Report on the lunatic asylums under the Government of Bombay - 1904-1913
Year: 1904
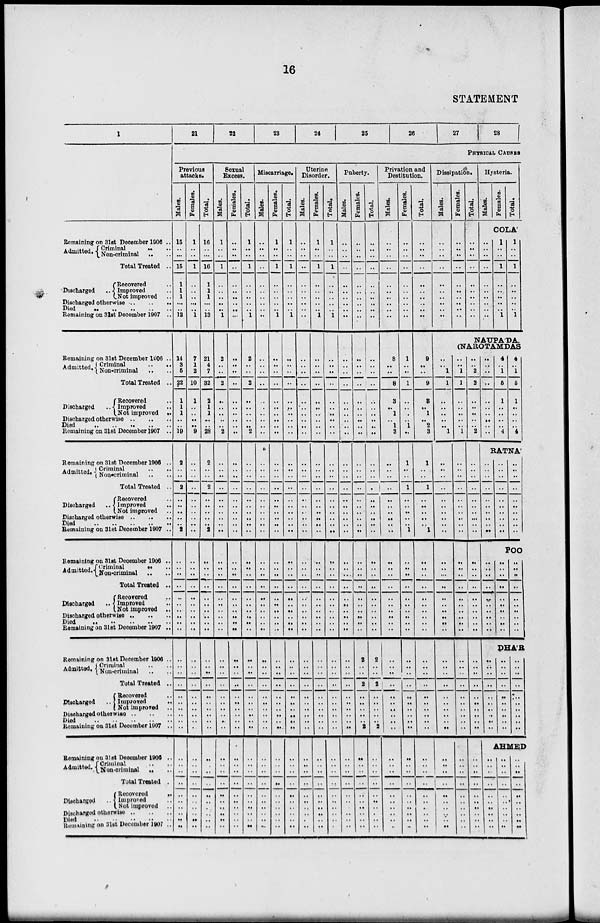
16
STATEMENT
1
Remaining on 31st December 1906 ..
Admitted. Criminal .. ..
Non-criminal .. ..
Total Treated ..
Discharged ..
Recovered ..
Improved ..
Not improved ..
Discharged otherwise .. .. ..
Died .. .. .. .. ..
Remaining on 31st December 1907 ..
Remaining on 31st December 1906 ..
Admitted. Criminal
..
..
Non-criminal .. ..
Total Treated ..
Discharged ..
Recovered ..
Improved
..
Not improved ..
Discharged otherwise .. .. ..
Died .. .. .. .. ..
Remaining on 31st December 1907 ..
Remaining on 31st December 1906 ..
Admitted. Criminal .. ..
Non-criminal .. ..
Total Treated ..
Discharged ..
Recovered ..
Improved
..
Not improved ..
Discharged otherwise .. .. ..
Died .. .. .. .. ..
Remaining on 31st December 1907 ..
Remaining on 31st December 1906 ..
Admitted. Criminal .. ..
Non-criminal .. ..
Total Treated ..
Discharged ..
Recovered ..
Improved ..
Not improved ..
Discharged otherwise .. .. ..
Died .. .. .. .. ..
Remaining on 31st December 1907 ..
Remaining on 3lst December 1906 ..
Admitted. Criminal .. ..
Non-criminal .. ..
Total Treated ..
Discharged ..
Recovered ..
Improved
..
Not improved ..
Discharged otherwise .. .. ..
Died .. .. .. .. ..
Remaining on 31st December 1907 ..
Remaining on 31st December 1906 ..
Admitted. Criminal .. ..
Non-criminal .. ..
Total Treated ..
Discharged ..
Recovered
..
Improved ..
Not Improved ..
Discharged otherwise
..
..
..
Died
..
..
..
..
..
Remaining on 31st December 1907 ..
21
22
23
24
25
26
27
28
PHYSICAL CAUSES
Previous
attacks.
Males.
15
..
...
15
1
1
1
...
..
12
14
3
5
22
1
1
1
..
..
19
2
..
..
2
..
..
..
..
.. 2
..
..
..
..
..
..
..
..
..
..
..
..
..
..
..
..
..
..
..
..
..
..
..
..
..
..
..
..
..
..
Females.
1
..
..
1
..
..
..
..
..
1
7
1
2
10
1
..
..
..
..
9
..
..
..
..
..
..
..
..
..
..
..
..
..
..
..
..
..
..
..
..
..
..
..
..
..
..
..
..
..
..
..
..
..
..
..
..
..
..
..
..
Total.
16
..
..
16
1
1
1
..
..
13
21
4
7
32
2
1
1
..
..
28
2
..
..
2
..
..
..
..
.. 2
..
..
..
..
..
..
..
..
..
..
..
..
..
..
..
..
..
..
..
..
..
..
..
..
..
..
..
..
..
..
Sexual
Excess.
Males.
1
..
..
1
..
..
..
..
..
1
2
..
..
2
..
..
..
..
..
2
..
..
..
..
..
..
..
..
..
..
..
..
..
..
..
..
..
..
..
..
..
..
..
..
..
..
..
..
..
..
..
..
..
..
..
..
..
..
..
..
Females.
..
..
..
..
..
..
..
..
..
..
..
..
..
..
..
..
..
..
..
..
..
..
..
..
..
..
..
..
..
..
..
..
..
..
..
..
..
..
..
..
..
..
..
..
..
..
..
..
..
..
..
..
..
..
..
..
..
..
..
..
Total.
1
..
..
1
..
..
..
..
..
1
2
..
..
2
..
..
..
..
..
2
..
..
..
..
..
..
..
..
..
..
..
..
..
..
..
..
..
..
..
..
..
..
..
..
..
..
..
..
..
..
..
..
..
..
..
..
..
..
..
..
Miscarriage.
Males.
..
..
..
..
..
..
..
..
..
..
..
..
..
..
..
..
..
..
..
..
..
..
..
..
..
..
..
..
..
..
..
..
..
..
..
..
..
..
..
..
..
..
..
..
..
..
..
..
..
..
..
..
..
..
..
..
..
..
..
..
Females.
1
..
..
1
..
..
..
..
..
1
..
..
..
..
..
..
..
..
..
..
..
..
..
..
..
..
..
..
..
..
..
..
..
..
..
..
..
..
..
..
..
..
..
..
..
..
..
..
..
..
..
..
..
..
..
..
..
..
..
..
Total.
1
..
..
1
..
..
..
..
..
1
..
..
..
..
..
..
..
..
..
..
..
..
..
..
..
..
..
..
..
..
..
..
..
..
..
..
..
..
..
..
..
..
..
..
..
..
..
..
..
..
..
..
..
..
..
..
..
..
..
..
Uterine
Disorder.
Males.
..
..
..
..
..
..
..
..
..
..
..
..
..
..
..
..
..
..
..
..
..
..
..
..
..
..
..
..
..
..
..
..
..
..
..
..
..
..
..
..
..
..
..
..
..
..
..
..
..
..
..
..
..
..
..
..
..
..
..
..
Females.
1
..
..
1
..
..
..
..
..
1
..
..
..
..
..
..
..
..
..
..
..
..
..
..
..
..
..
..
..
..
..
..
..
..
..
..
..
..
..
..
..
..
..
..
..
..
..
..
..
..
..
..
..
..
..
..
..
..
..
..
Total.
1
..
..
1
..
..
..
..
..
1
..
..
..
..
..
..
..
..
..
..
..
..
..
..
..
..
..
..
..
..
..
..
..
..
..
..
..
..
..
..
..
..
..
..
..
..
..
..
..
..
..
..
..
..
..
..
..
..
..
..
Puberty.
Males.
..
..
..
..
..
..
..
..
..
..
..
..
..
..
..
..
..
..
..
..
..
..
..
..
..
..
..
..
..
..
..
..
..
..
..
..
..
..
..
..
..
..
..
..
..
..
..
..
..
..
..
..
..
..
..
..
..
..
..
..
Females.
..
..
..
..
..
..
..
..
..
..
..
..
..
..
..
..
..
..
..
..
..
..
..
..
..
..
..
..
..
..
..
..
..
..
..
..
..
..
..
..
2
..
..
2
..
..
..
..
..
2
..
..
..
..
..
..
..
..
..
..
Total.
..
..
..
..
..
..
..
..
..
..
..
..
..
..
..
..
..
..
..
..
..
..
..
..
..
..
..
..
..
..
..
..
..
..
..
..
..
..
..
..
2
..
..
2
..
..
..
..
..
2
..
..
..
..
..
..
..
..
..
..
Privation and
Destitution.
Males.
..
..
..
..
..
..
..
..
..
..
8
..
..
8
3
..
1
..
1
3
..
..
..
..
..
..
..
..
..
..
..
..
..
..
..
..
..
..
..
..
..
..
..
..
..
..
..
..
..
..
..
..
..
..
..
..
..
..
..
..
Females.
..
..
..
..
..
..
..
..
..
..
1
..
..
1
..
..
..
..
1
..
1
..
..
1
..
..
..
..
..
1
..
..
..
..
..
..
..
..
..
..
..
..
..
..
..
..
..
..
..
..
..
..
..
..
..
..
..
..
..
..
Total.
..
..
..
..
..
..
..
..
..
..
9
..
..
9
3
..
1
..
2
3
1
..
..
1
..
..
..
..
.. 1
..
..
..
..
..
..
..
..
..
..
..
..
..
..
..
..
..
..
..
..
..
..
..
..
..
..
..
..
..
..
Dissipation.
Males.
..
..
..
..
..
..
..
..
..
..
..
..
1
1
..
..
..
..
..
1
..
..
..
..
..
..
..
..
..
..
..
..
..
..
..
..
..
..
..
..
..
..
..
..
..
..
..
..
..
..
..
..
..
..
..
..
..
..
..
..
Females.
..
..
..
..
..
..
..
..
..
..
Total.
..
..
..
..
..
..
..
..
..
..
Hysteria.
Males.
Females.
Total.
COLA'
..
..
..
..
..
..
..
..
..
..
1
..
..
1
..
..
..
..
..
1
1
..
..
1
..
..
..
..
..
1
NAUPA'DA,
(NAROTAMDAS
..
..
1
1
..
..
..
..
..
1
..
..
..
..
..
..
..
..
..
..
..
..
..
..
..
..
..
..
..
..
..
..
..
..
..
..
..
..
..
..
..
..
..
..
..
..
..
..
..
..
..
..
2
2
..
..
..
..
..
2
..
..
..
..
..
..
..
..
..
..
..
..
..
..
..
..
..
..
..
..
..
..
..
..
..
..
..
..
..
..
..
..
..
..
..
..
..
..
..
..
..
..
..
..
..
..
..
..
..
..
4
..
1
5
1
..
..
..
..
4
4
..
1
5
1
..
..
..
..
4
RATNÁ
..
..
..
..
..
..
..
..
.. ..
..
..
..
..
..
..
..
..
.. ..
..
..
..
..
..
..
..
..
.. ..
POO
..
..
..
..
..
..
..
..
..
..
..
..
..
..
..
..
..
..
..
..
..
..
..
..
..
..
..
..
..
..
DHÁR
..
..
..
..
..
..
..
..
..
..
..
..
..
..
..
..
..
..
..
..
..
..
..
..
..
..
..
..
..
..
AHMED
..
..
..
..
..
..
..
..
..
..
..
..
..
..
..
..
..
..
..
..
..
..
..
..
..
..
..
..
..
..